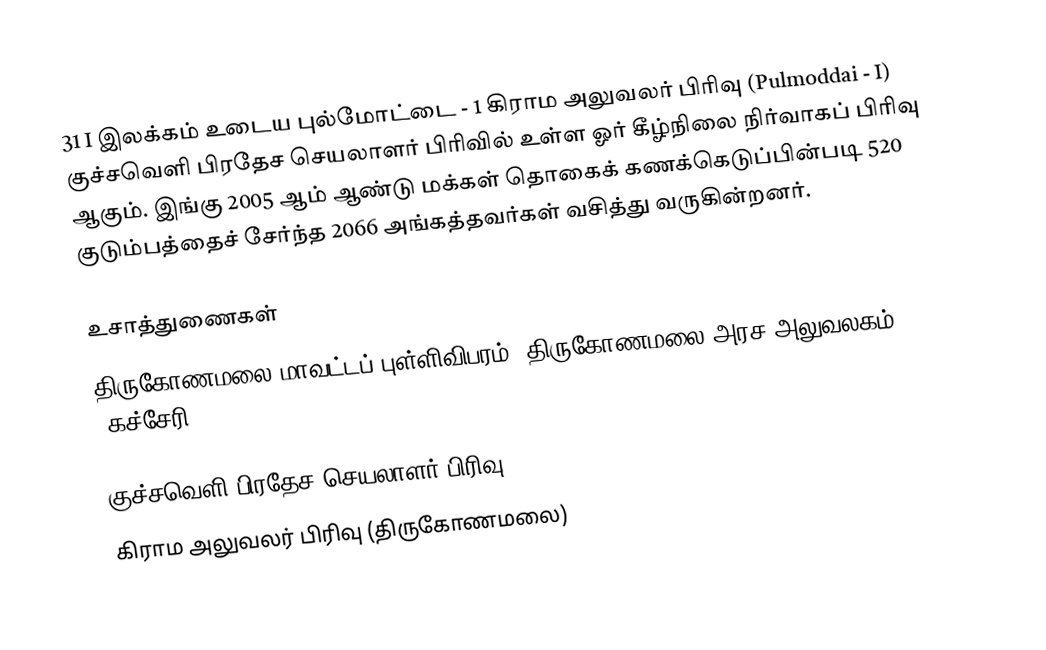
31 I இலக்கம்  உடைய புல்மோட்டை - 1 கிராம அலுவலர் பிரிவு (Pulmoddai - I) குச்சவெளி பிரதேச செயலாளர் பிரிவில் உள்ள ஓர் கீழ்நிலை நிர்வாகப் பிரிவு ஆகும். இங்கு 2005 ஆம் ஆண்டு மக்கள் தொகைக் கணக்கெடுப்பின்படி 520 குடும்பத்தைச் சேர்ந்த 2066 அங்கத்தவர்கள் வசித்து வருகின்றனர்.

உசாத்துணைகள்
திருகோணமலை மாவட்டப் புள்ளிவிபரம்,  திருகோணமலை அரச அலுவலகம் (கச்சேரி) 2006.

குச்சவெளி பிரதேச செயலாளர் பிரிவு
கிராம அலுவலர் பிரிவு (திருகோணமலை)